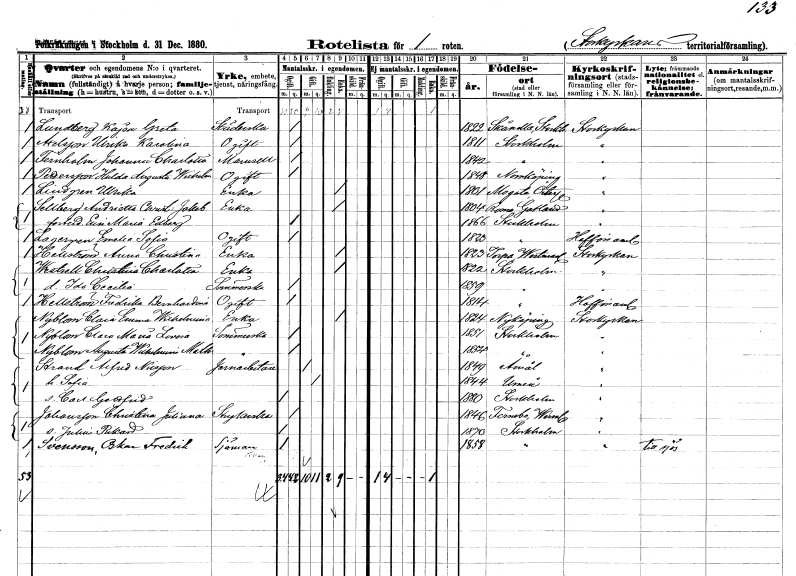
gt_parse: households: individuals: FN: Kajsa Greta
EN: Lundberg
YRKE: Städerska
KON: K
CIV: O
FODAR: 1822
FODFORS: Skånela Stockholms län
FN: Ulrika Karolina
EN: Axelsson
KON: K
CIV: O
FODAR: 1811
FODFORS: Stockholm
FN: Johanna Charlotta
EN: Fernholm
KON: K
CIV: O
FODAR: 1842
FODFORS: Stockholm
FN: Hulda Augusta Wilhelmina
EN: Pettersson
KON: K
CIV: O
FODAR: 1848
FODFORS: Norrköping Östergötlands län
FN: Ulrika
EN: Lindgren
YRKE: Änka
KON: K
CIV: E
FODAR: 1801
FODFORS: Mogata Östergötlands län
FN: Andrietta Christina Jakobina
EN: Sellberg
YRKE: Änka
KON: K
CIV: E
FODAR: 1804
FODFORS: Roma Gotlands län
FN: Elin Maria
EN: Edberg
KON: K
CIV: O
FODAR: 1866
FODFORS: Stockholm
FN: Emelie Sofia
EN: Lagergren
KON: K
CIV: O
FODAR: 1820
FODFORS: Stockholm
FN: Anna Christina
EN: Hellström
YRKE: Änka
KON: K
CIV: E
FODAR: 1823
FODFORS: Torpa Västmanlands län
FN: Christina Charlotta
EN: Westrell
YRKE: Änka
KON: K
CIV: E
FODAR: 1822
FODFORS: Stockholm
FN: Ida Cecilia
YRKE: Sömmerska
KON: K
CIV: O
FODAR: 1859
FODFORS: Stockholm
FN: Fredrika Bernhardina
EN: Hellström
KON: K
CIV: O
FODAR: 1814
FODFORS: Stockholm
FN: Clara Emma Wilhelmina
EN: Nyblom
YRKE: Änka
KON: K
CIV: E
FODAR: 1824
FODFORS: Nyköping Södermanlands län
FN: Clara Maria Lovisa
EN: Nyblom
YRKE: Sömmerska
KON: K
CIV: O
FODAR: 1851
FODFORS: Stockholm
FN: Augusta Wilhelmina Mathilda
EN: Nyblom
YRKE: Sömmerska
KON: K
CIV: O
FODAR: 1854
FODFORS: Stockholm
FN: Alfred
EN: Strand Nilsson
YRKE: Järnarbetare
KON: M
CIV: G
FODAR: 1849
FODFORS: Åmål Älvsborgs län
FN: Sofia
KON: K
CIV: G
FODAR: 1844
FODFORS: Umeå Västerbottens län
FN: Carl Gottfrid
KON: M
CIV: O
FODAR: 1880
FODFORS: Stockholm
FN: Christina Juliana
EN: Johansson
YRKE: Strykerska
KON: K
CIV: O
FODAR: 1846
FODFORS: Färnebo Värmlands län
FN: Julius Rikard
KON: M
CIV: O
FODAR: 1870
FODFORS: Stockholm
FN: Oskar Fredrik
EN: Svensson
YRKE: Sjöman
KON: M
CIV: O
FODAR: 1858
FODFORS: Stockholm